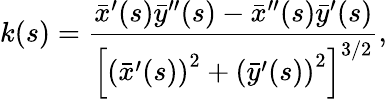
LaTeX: k(s)=\frac{\bar{x}^{\prime}(s)\bar{y}^{\prime\prime}(s)-\bar{x}^{\prime\prime}(s)\bar{y}^{\prime}(s)}{\left[\left(\bar{x}^{\prime}(s)\right)^{2}+\left(\bar{y}^{\prime}(s)\right)^{2}\right]^{3/2}},